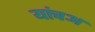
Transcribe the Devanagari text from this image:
यांचअ